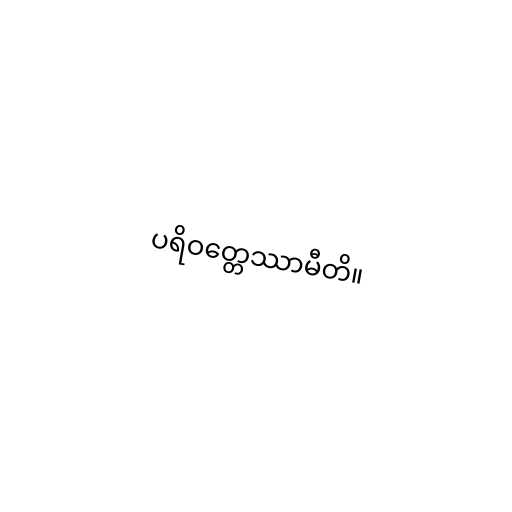
ပရိဝတ္တေဿာမီတိ။